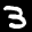
Label: 3